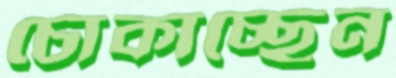
চোকাচ্ছেন